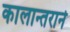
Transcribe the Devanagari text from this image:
कालान्तराने